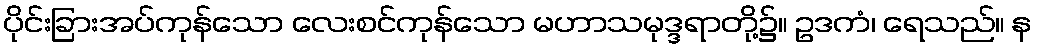
ပိုင်းခြားအပ်ကုန်သော လေးစင်ကုန်သော မဟာသမုဒ္ဒရာတို့၌။ ဥဒကံ၊ ရေသည်။ န